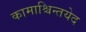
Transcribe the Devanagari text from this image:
कामाश्चिन्तयेद